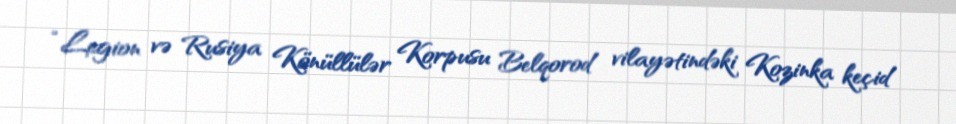
“Legion və Rusiya Könüllülər Korpusu Belqorod vilayətindəki Kozinka keçid